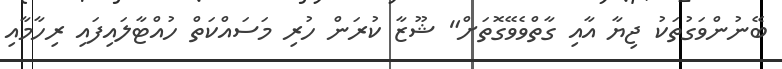
ބޭނުންވަގުތަކު ޖިޔާ އާއި ގާތްވެވޭގޮތަށް" ޝޫޒާ ކުރަން ހުރި މަސައްކަތް ހުއްޓާލައިފައި ރިހާމާއި